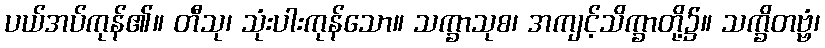
ပယ်အပ်ကုန်၏။ တီသု၊ သုံးပါးကုန်သော။ သက္ခာသုစ၊ အကျင့်သိက္ခာတို့၌။ သက္ခိတဗ္ဗံ၊